Lunatic asylums Bombay report 1891-1903 - 1891-1903
Year: 1891
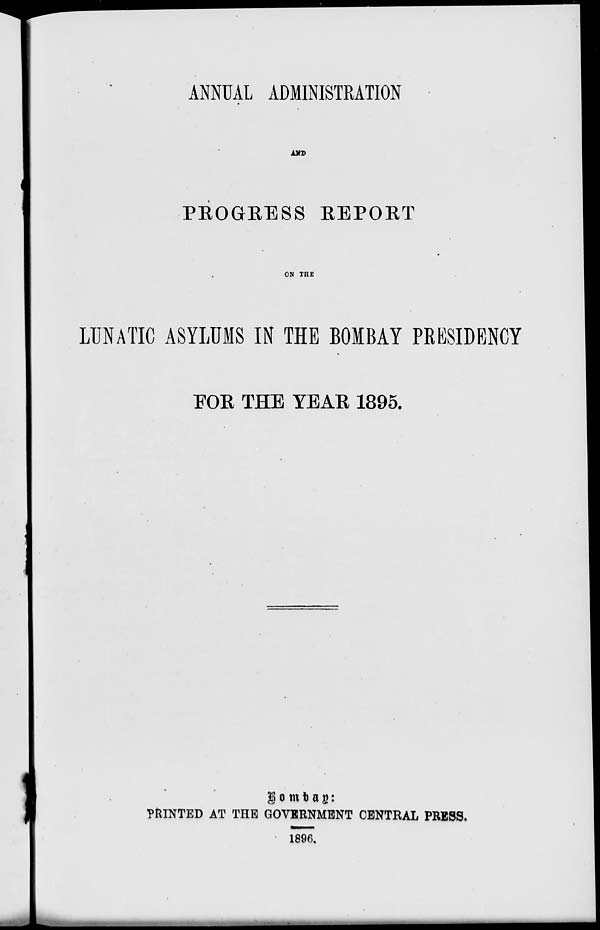
ANNUAL ADMINISTRATION
AND
PROGRESS REPORT
ON THE
LUNATIC ASYLUMS IN THE BOMBAY PRESIDENCY
FOR THE YEAR 1895.
Bombay:
PRINTED AT THE GOVERNMENT CENTRAL PRESS.
1896.